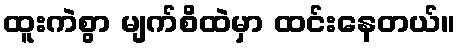
ထူးကဲစွာ မျက်စိထဲမှာ ထင်းနေတယ်။